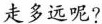
走多远呢?